画像に写った文字を読んでください
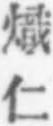
「熾仁」と書いてあります